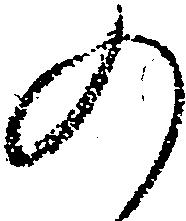
の